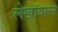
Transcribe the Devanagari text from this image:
लेखांवरून